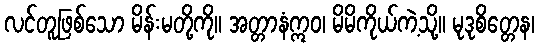
လင်တူဖြစ်သော မိန်းမတို့ကို။ အတ္တာနံဣဝ၊ မိမိကိုယ်ကဲ့သို့။ မုဒုစိတ္တေန၊